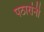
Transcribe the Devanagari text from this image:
पठारांनी